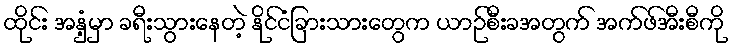
ထိုင်း အနှံ့မှာ ခရီးသွားနေတဲ့ နိုင်ငံခြားသားတွေက ယာဉ်စီးခအတွက် အက်ဖ်အီးစီကို